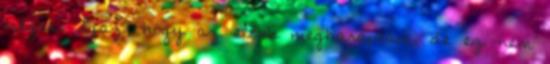
mégis. Igaz, hogy az előbb megharaptam, de ez nem